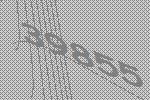
39855